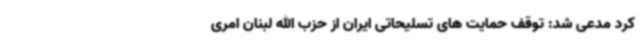
کرد مدعی شد: توقف حمایت های تسلیحاتی ایران از حزب الله لبنان امری